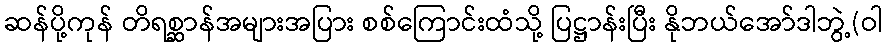
ဆန်ပို့ကုန် တိရစ္ဆာန်အများအပြား စစ်ကြောင်းထံသို့ ပြဋ္ဌာန်းပြီး နိုဘယ်အော်ဒါဘွဲ့(ဝါ